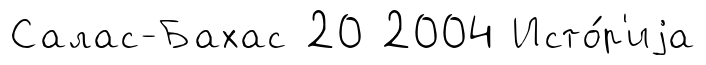
Салас-Бахас 20 2004 Исто́р'иjа